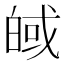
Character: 𪾀